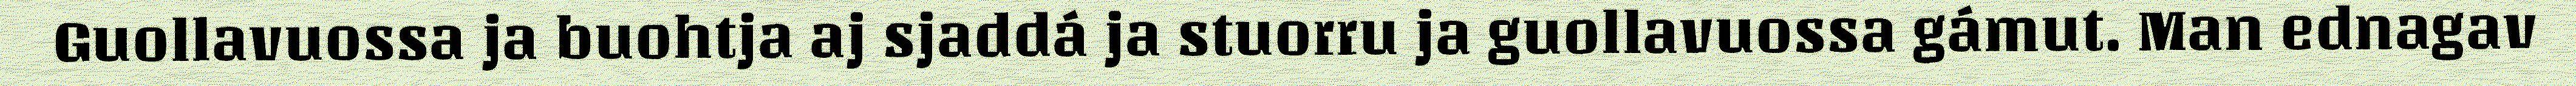
Guollavuossa ja buohtja aj sjaddá ja stuorru ja guollavuossa gámut. Man ednagav